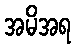
အမိအရ